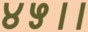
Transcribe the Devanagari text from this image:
४५।।